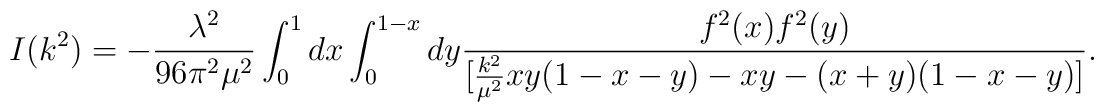
I(k^2)=-{\lambda^2 \over 96 \pi^2 \mu^2} \int_0^1dx\int_0^{1-x}dy{f^2(x)f^2(y) \over [{k^2 \over \mu^2}xy(1-x-y)-xy-(x+y)(1-x-y)]}.